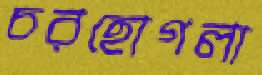
চরহোগলা